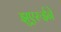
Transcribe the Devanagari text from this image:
झुएरुईने